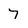
Character: 7